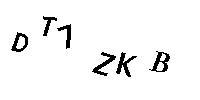
DT1ZKB